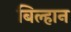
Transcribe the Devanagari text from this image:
बिल्हान